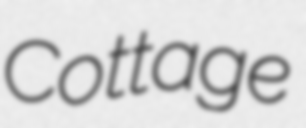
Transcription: Cottage